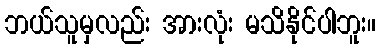
ဘယ်သူမှလည်း အားလုံး မသိနိုင်ပါဘူး။